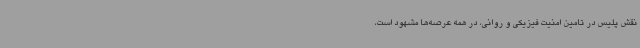
نقش پلیس در تامین امنیت فیزیکی و روانی، در همه عرصه‌ها مشهود است،